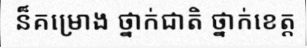
ន៏គម្រោង ថ្នាក់ជាតិ ថ្នាក់ខេត្ត